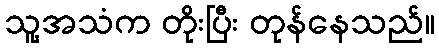
သူ့အသံက တိုးပြီး တုန်နေသည်။